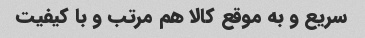
سریع و به موقع کالا هم مرتب و با کیفیت